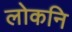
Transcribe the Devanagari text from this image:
लोकनि